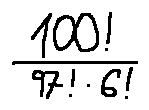
\frac { 1 0 0 ! } { 9 7 ! \cdot 6 ! }